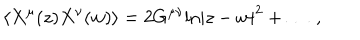
\langle X ^ { \mu } ( z ) X ^ { \nu } ( w ) \rangle = 2 G ^ { \mu \nu } \mathrm { l n } | z - w | ^ { 2 } + \dots ~ ,